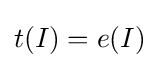
t(I)=e(I)